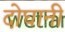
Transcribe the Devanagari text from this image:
दोघानी